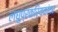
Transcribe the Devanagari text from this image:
लघुप्रक्रियकांवर